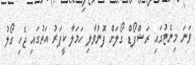
ވަނަ މިނެޓުގައި ރަޝްފޯޑް ގޯލަށް ފޮނުވާލި ހަމަލާ ކީޕަރު އަތުގައި ޖެހި ގޯލު